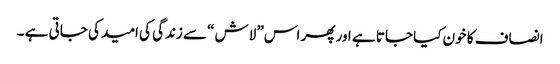
انصاف کا خون کیا جاتا ہے اور پھر اس” لاش “سے زندگی کی امید کی جاتی ہے ۔